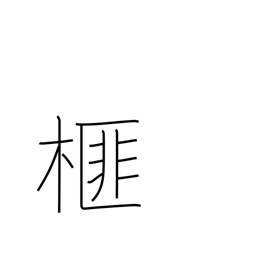
Meaning: Japanese nutmeg